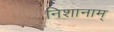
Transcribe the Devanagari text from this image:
निशानाम्